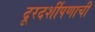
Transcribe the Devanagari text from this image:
दूरदर्शीपणाची